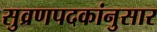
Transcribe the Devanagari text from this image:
सुव्रणपदकांनुसार